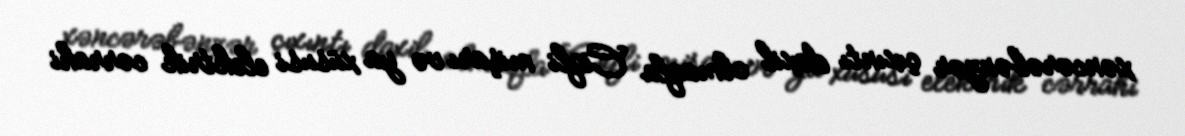
xəncərəbənzər çıxıntı daxil olmaqla Ciqli mişarı və ya xüsusi elektrik cərrahi